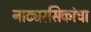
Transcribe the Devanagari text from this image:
नाट्यरसिकांचा